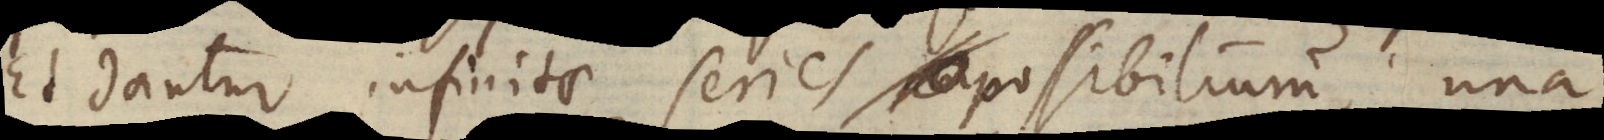
Et dantur infinitae series possibilium, una